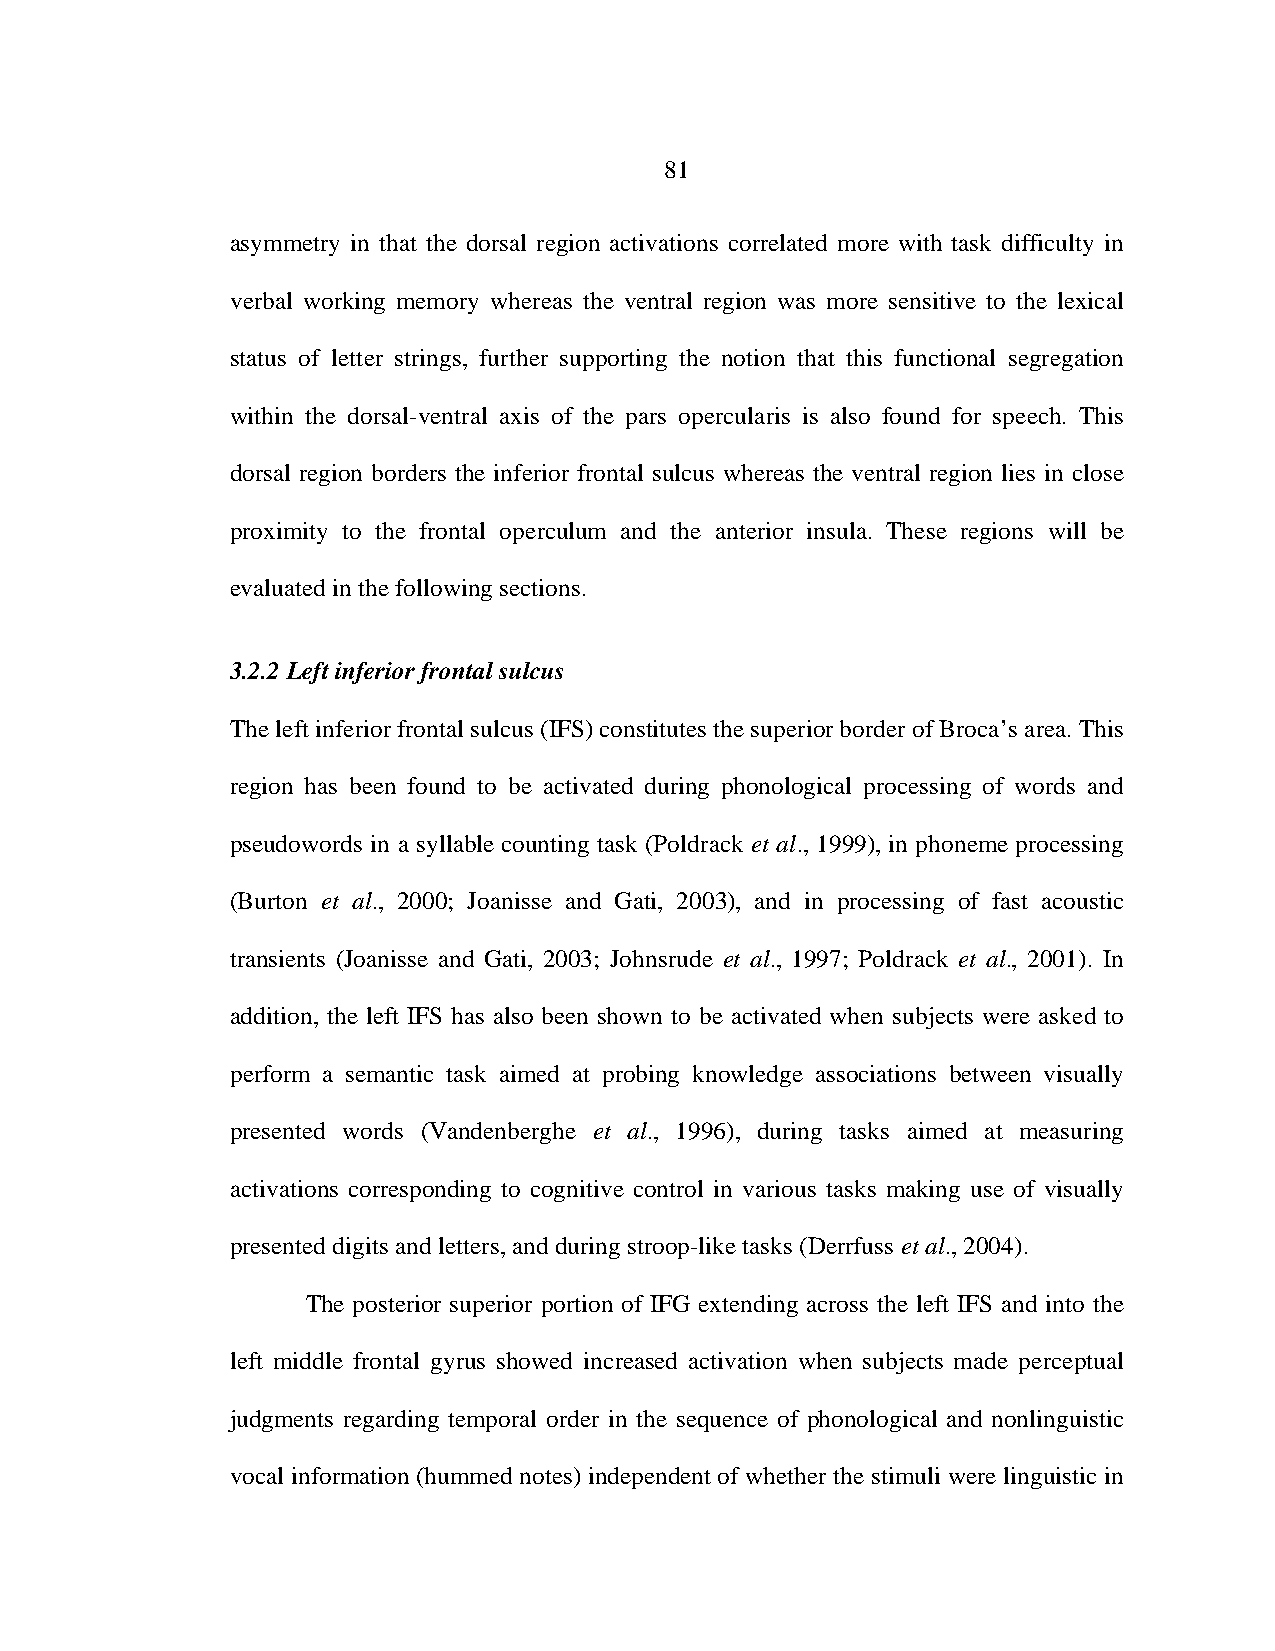
81
 asymmetry in that the dorsal region activations correlated more with task difficulty in
 verbal working memory whereas the ventral region was more sensitive to the lexical
 status of letter strings, further supporting the notion that this functional segregation
 within the dorsal-ventral axis of the pars opercularis is also found for speech. This
 dorsal region borders the inferior frontal sulcus whereas the ventral region lies in close
 proximity to the frontal operculum and the anterior insula. These regions will be
 evaluated in the following sections.
 3.2.2 Left inferior frontal sulcus
 The left inferior frontal sulcus (IFS) constitutes the superior border of Broca’s area. This
 region has been found to be activated during phonological processing of words and
 pseudowords in a syllable counting task (Poldrack et al., 1999), in phoneme processing
 (Burton et al., 2000; Joanisse and Gati, 2003), and in processing of fast acoustic
 transients (Joanisse and Gati, 2003; Johnsrude et al., 1997; Poldrack et al., 2001). In
 addition, the left IFS has also been shown to be activated when subjects were asked to
 perform a semantic task aimed at probing knowledge associations between visually
 presented words (Vandenberghe et al., 1996), during tasks aimed at measuring
 activations corresponding to cognitive control in various tasks making use of visually
 presented digits and letters, and during stroop-like tasks (Derrfuss et al., 2004).
 The posterior superior portion of IFG extending across the left IFS and into the
 left middle frontal gyrus showed increased activation when subjects made perceptual
 judgments regarding temporal order in the sequence of phonological and nonlinguistic
 vocal information (hummed notes) independent of whether the stimuli were linguistic in